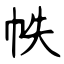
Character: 帙